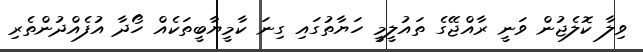
ވިލާ ކޮލެޖުން ވަނީ ރާއްޖޭގެ ތައުލީމީ ހަޔާތުގައި ގިނަ ކާމީޔާބީތަކެއް ހޯދާ އުފެއްދުންތެރި